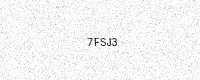
Text: 7FSJ3